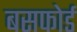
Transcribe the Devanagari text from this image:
बसफोर्ड